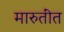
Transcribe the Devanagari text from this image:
मारुतींत